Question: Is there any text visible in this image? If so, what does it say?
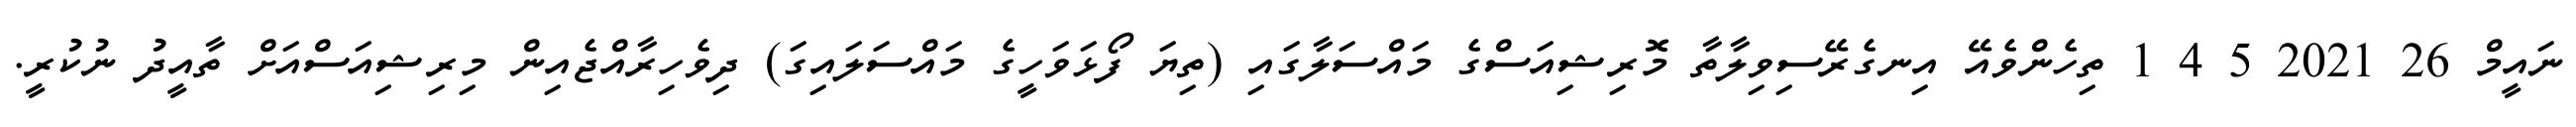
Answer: ނައީމް 26 2021 5 4 1 ތިހެންވެއޭ އިނގެރޭސިވިލާތާ މޮރިޝިއަސްގެ މައްސަލާގައި (ތިޔަ ފޯޅަވަހީގެ މައްސަލައިގަ) ދިވެހިރާއްޖެއިން މިރިޝިއަސްއަށް ތާއީދު ނުކުރީ.